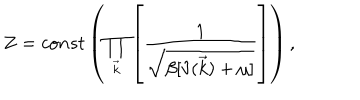
LaTeX: Z = c o n s t \left( \prod _ { \vec { k } } \left[ \frac { 1 } { \sqrt { \beta [ \hat { v } ( \vec { k } ) + \mu ] } } \right] \right) ,